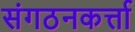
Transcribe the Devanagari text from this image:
संगठनकर्त्ता